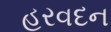
હરવદન